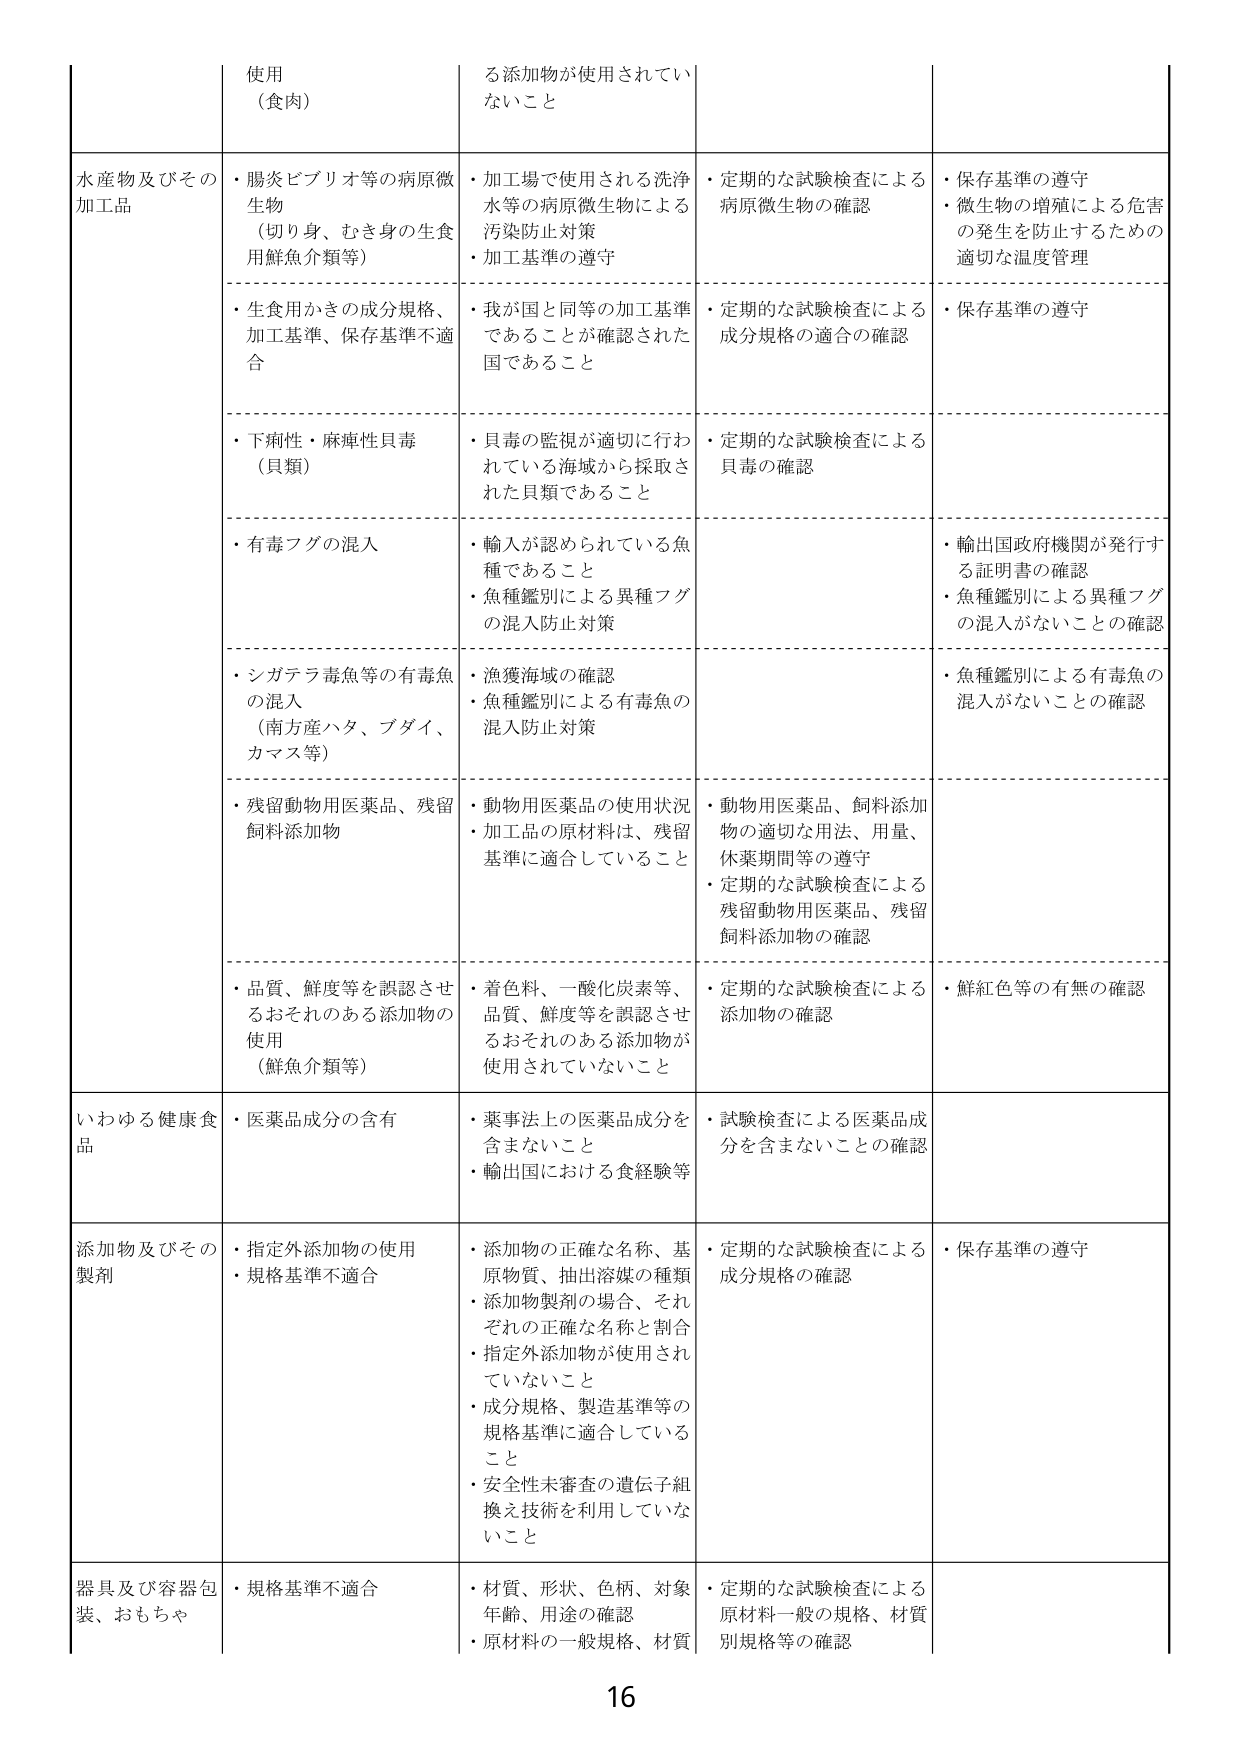
使用
（食肉）

る添加物が使用されていないこと

水産物及びその加工品
・腸炎ビブリオ等の病原微生物（切り身、むき身の生食用鮮魚介類等）
・生食用かきの成分規格、加工基準、保存基準不適合
・下痢性・麻痺性貝毒（貝類）
・有毒フグの混入
・シガテラ毒魚等の有毒魚の混入（南方産ハタ、ブダイ、カマス等）
・残留動物用医薬品、残留飼料添加物
・品質、鮮度等を誤認させるおそれのある添加物の使用（鮮魚介類等）

加工場で使用される洗浄水等の病原微生物による汚染防止対策
・加工基準の遵守
・我が国と同等の加工基準であることが確認された国であること
・貝毒の監視が適切に行われている海域から採取された貝類であること
・輸入が認められている魚種であること
・魚種鑑別による異種フグの混入防止対策
・漁獲海域の確認
・魚種鑑別による有毒魚の混入防止対策
・動物用医薬品の使用状況
・加工品の原材料は、残留基準に適合していること
・着色料、一酸化炭素等、品質、鮮度等を誤認させるおそれのある添加物が使用されていないこと

定期的な試験検査による病原微生物の確認
・定期的な試験検査による成分規格の適合の確認
・定期的な試験検査による貝毒の確認
・輸出国政府機関が発行する証明書の確認
・魚種鑑別による異種フグの混入がないことの確認
・魚種鑑別による有毒魚の混入がないことの確認
・動物用医薬品、飼料添加物の適切な用法、用量、休薬期間等の遵守
・定期的な試験検査による残留動物用医薬品、残留飼料添加物の確認
・定期的な試験検査による添加物の確認
・鮮紅色等の有無の確認

保存基準の遵守
・微生物の増殖による危害の発生を防止するための適切な温度管理
・保存基準の遵守

いわゆる健康食品
・医薬品成分の含有
・薬事法上の医薬品成分を含まないこと
・輸出国における食経験等
・試験検査による医薬品成分を含まないことの確認

添加物及びその製剤
・指定外添加物の使用
・規格基準不適合
・添加物の正確な名称、基原物質、抽出溶媒の種類
・添加物製剤の場合、それぞれの正確な名称と割合
・指定外添加物が使用されていないこと
・成分規格、製造基準等の規格基準に適合していること
・安全性未審査の遺伝子組換え技術を利用していないこと
・定期的な試験検査による成分規格の確認
・保存基準の遵守

器具及び容器包装、おもちゃ
・規格基準不適合
・材質、形状、色柄、対象年齢、用途の確認
・原材料の一般規格、材質
・定期的な試験検査による原材料一般の規格、材質別規格等の確認

16